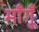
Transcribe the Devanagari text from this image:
माँगूँ